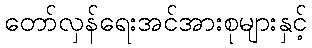
တော်လှန်ရေးအင်အားစုများနှင့်